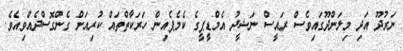
ނަރުދޫ އަދި މިލަންދޫގައިވެސް ރައީސް ނަޝީދު އެމްޑީޕީގެ ކެމެޕެއިން ހަރަކާތްތައް ކުރިއަށް ގެންގޮސްދެއްވިއެވެ.